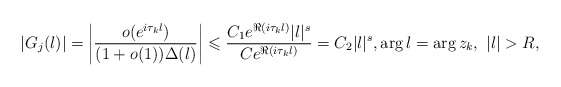
\begin{align*} \left|G_j(\l)\right| = \left|\frac{o(e^{i \tau_k \l})}{(1+o(1))\Delta(\l)}\right| \leqslant \frac{C_1 e^{\Re(i \tau_k \l)}|\l|^s}{C e^{\Re(i \tau_k \l)}} = C_2 |\l|^s, \arg \l = \arg z_k, \ |\l|>R,\end{align*}